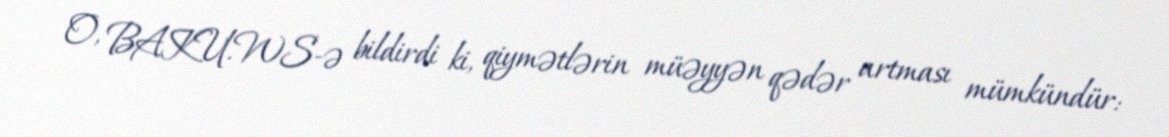
O, BAKU.WS-ə bildirdi ki, qiymətlərin müəyyən qədər artması mümkündür: